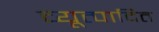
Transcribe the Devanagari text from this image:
व्यूत्पादित